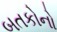
બતકોનો